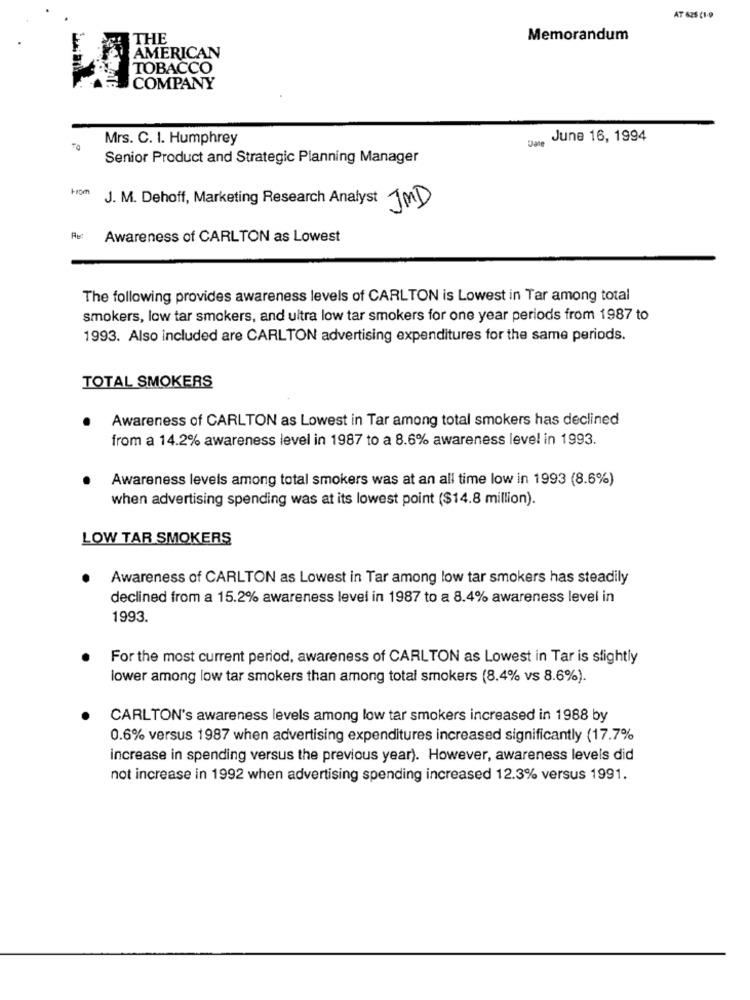
AT 625 (1-0
THE
Memorandum
AMERICAN
TOBACCO
COMPANY
Mrs. C. I. Humphrey
Date
June 16, 1994
Senior Product and Strategic Planning Manager
J. M. Dehoff, Marketing Research Analyst *
JMD
Awareness of CARLTON as Lowest
The following provides awareness levels of CARLTON is Lowest in Tar among total
smokers, low tar smokers, and ultra low tar smokers for one year periods from 1987 to
1993. Also included are CARLTON advertising expenditures for the same periods.
TOTAL SMOKERS
Awareness of CARLTON as Lowest in Tar among total smokers has declined
from a 14.2% awareness level in 1987 to a 8.6% awareness level in 1993.
Awareness levels among total smokers was at an all time low in 1993 (8.6%)
when advertising spending was at its lowest point ($14.8 million).
LOW TAR SMOKERS
Awareness of CARLTON as Lowest in Tar among low tar smokers has steadily
declined from a 15.2% awareness level in 1987 to a 8.4% awareness level in
1993.
For the most current period, awareness of CARLTON as Lowest in Tar is slightly
lower among low tar smokers than among total smokers (8.4% vs 8.6%).
CARLTON's awareness levels among low tar smokers increased in 1988 by
0.6% versus 1987 when advertising expenditures increased significantly (17.7%
increase in spending versus the previous year). However, awareness levels did
not increase in 1992 when advertising spending increased 12.3% versus 1991.